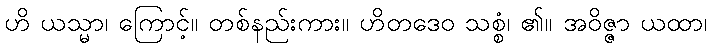
ဟိ ယသ္မာ၊ ကြောင့်။ တစ်နည်းကား။ ဟိတဒေဝ သစ္စံ၊ ၏။ အဝိဇ္ဇာ ယထာ၊